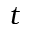
t